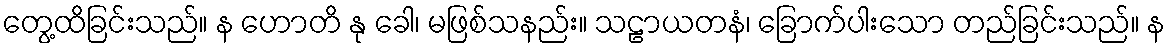
တွေ့ထိခြင်းသည်။ န ဟောတိ နု ခေါ၊ မဖြစ်သနည်း။ သဠာယတနံ၊ ခြောက်ပါးသော တည်ခြင်းသည်။ န